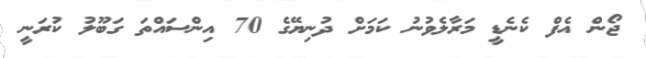
ޖޯން އެފް ކެނެޑީ މަރާލެވުނު ކަމަށް ދުނިޔޭގެ 70 އިންސައްތަ ގަބޫލު ކުރަނީ